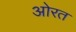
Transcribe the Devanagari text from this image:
ओरत